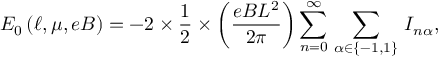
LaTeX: E _ { 0 } \left( \ell , \mu , e B \right) = - 2 \times \frac { 1 } { 2 } \times \left( \frac { e B L ^ { 2 } } { 2 \pi } \right) \sum _ { n = 0 } ^ { \infty } \, \sum _ { \alpha \in \left\{ - 1 , 1 \right\} } \, I _ { n \alpha } ,